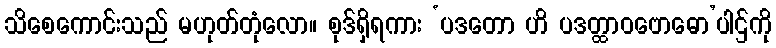
သိစေကောင်းသည် မဟုတ်တုံလော။ စုဒ်ရှိရကား ‘ပဒတော ဟိ ပဒတ္ထာဝဗောဓော’ပါဌ်ကို